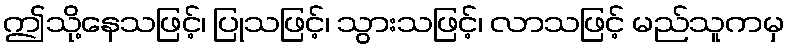
ဤသို့နေသဖြင့်၊ ပြုသဖြင့်၊ သွားသဖြင့်၊ လာသဖြင့် မည်သူကမှ